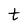
Character: t